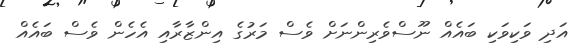
އަދި ވަކިވަކި ބައެއް ނޫސްވެރިންނަށް ވެސް މަރުގެ އިންޒާރާއި އެހެން ވެސް ބައެއް